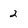
Character: 2